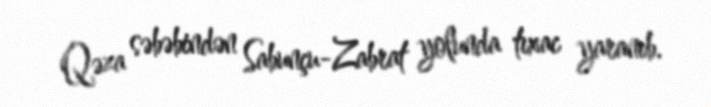
Qəza səbəbindən Sabunçu-Zabrat yolunda tıxac yaranıb.